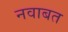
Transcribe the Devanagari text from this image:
नवाबत